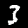
Digit: 3